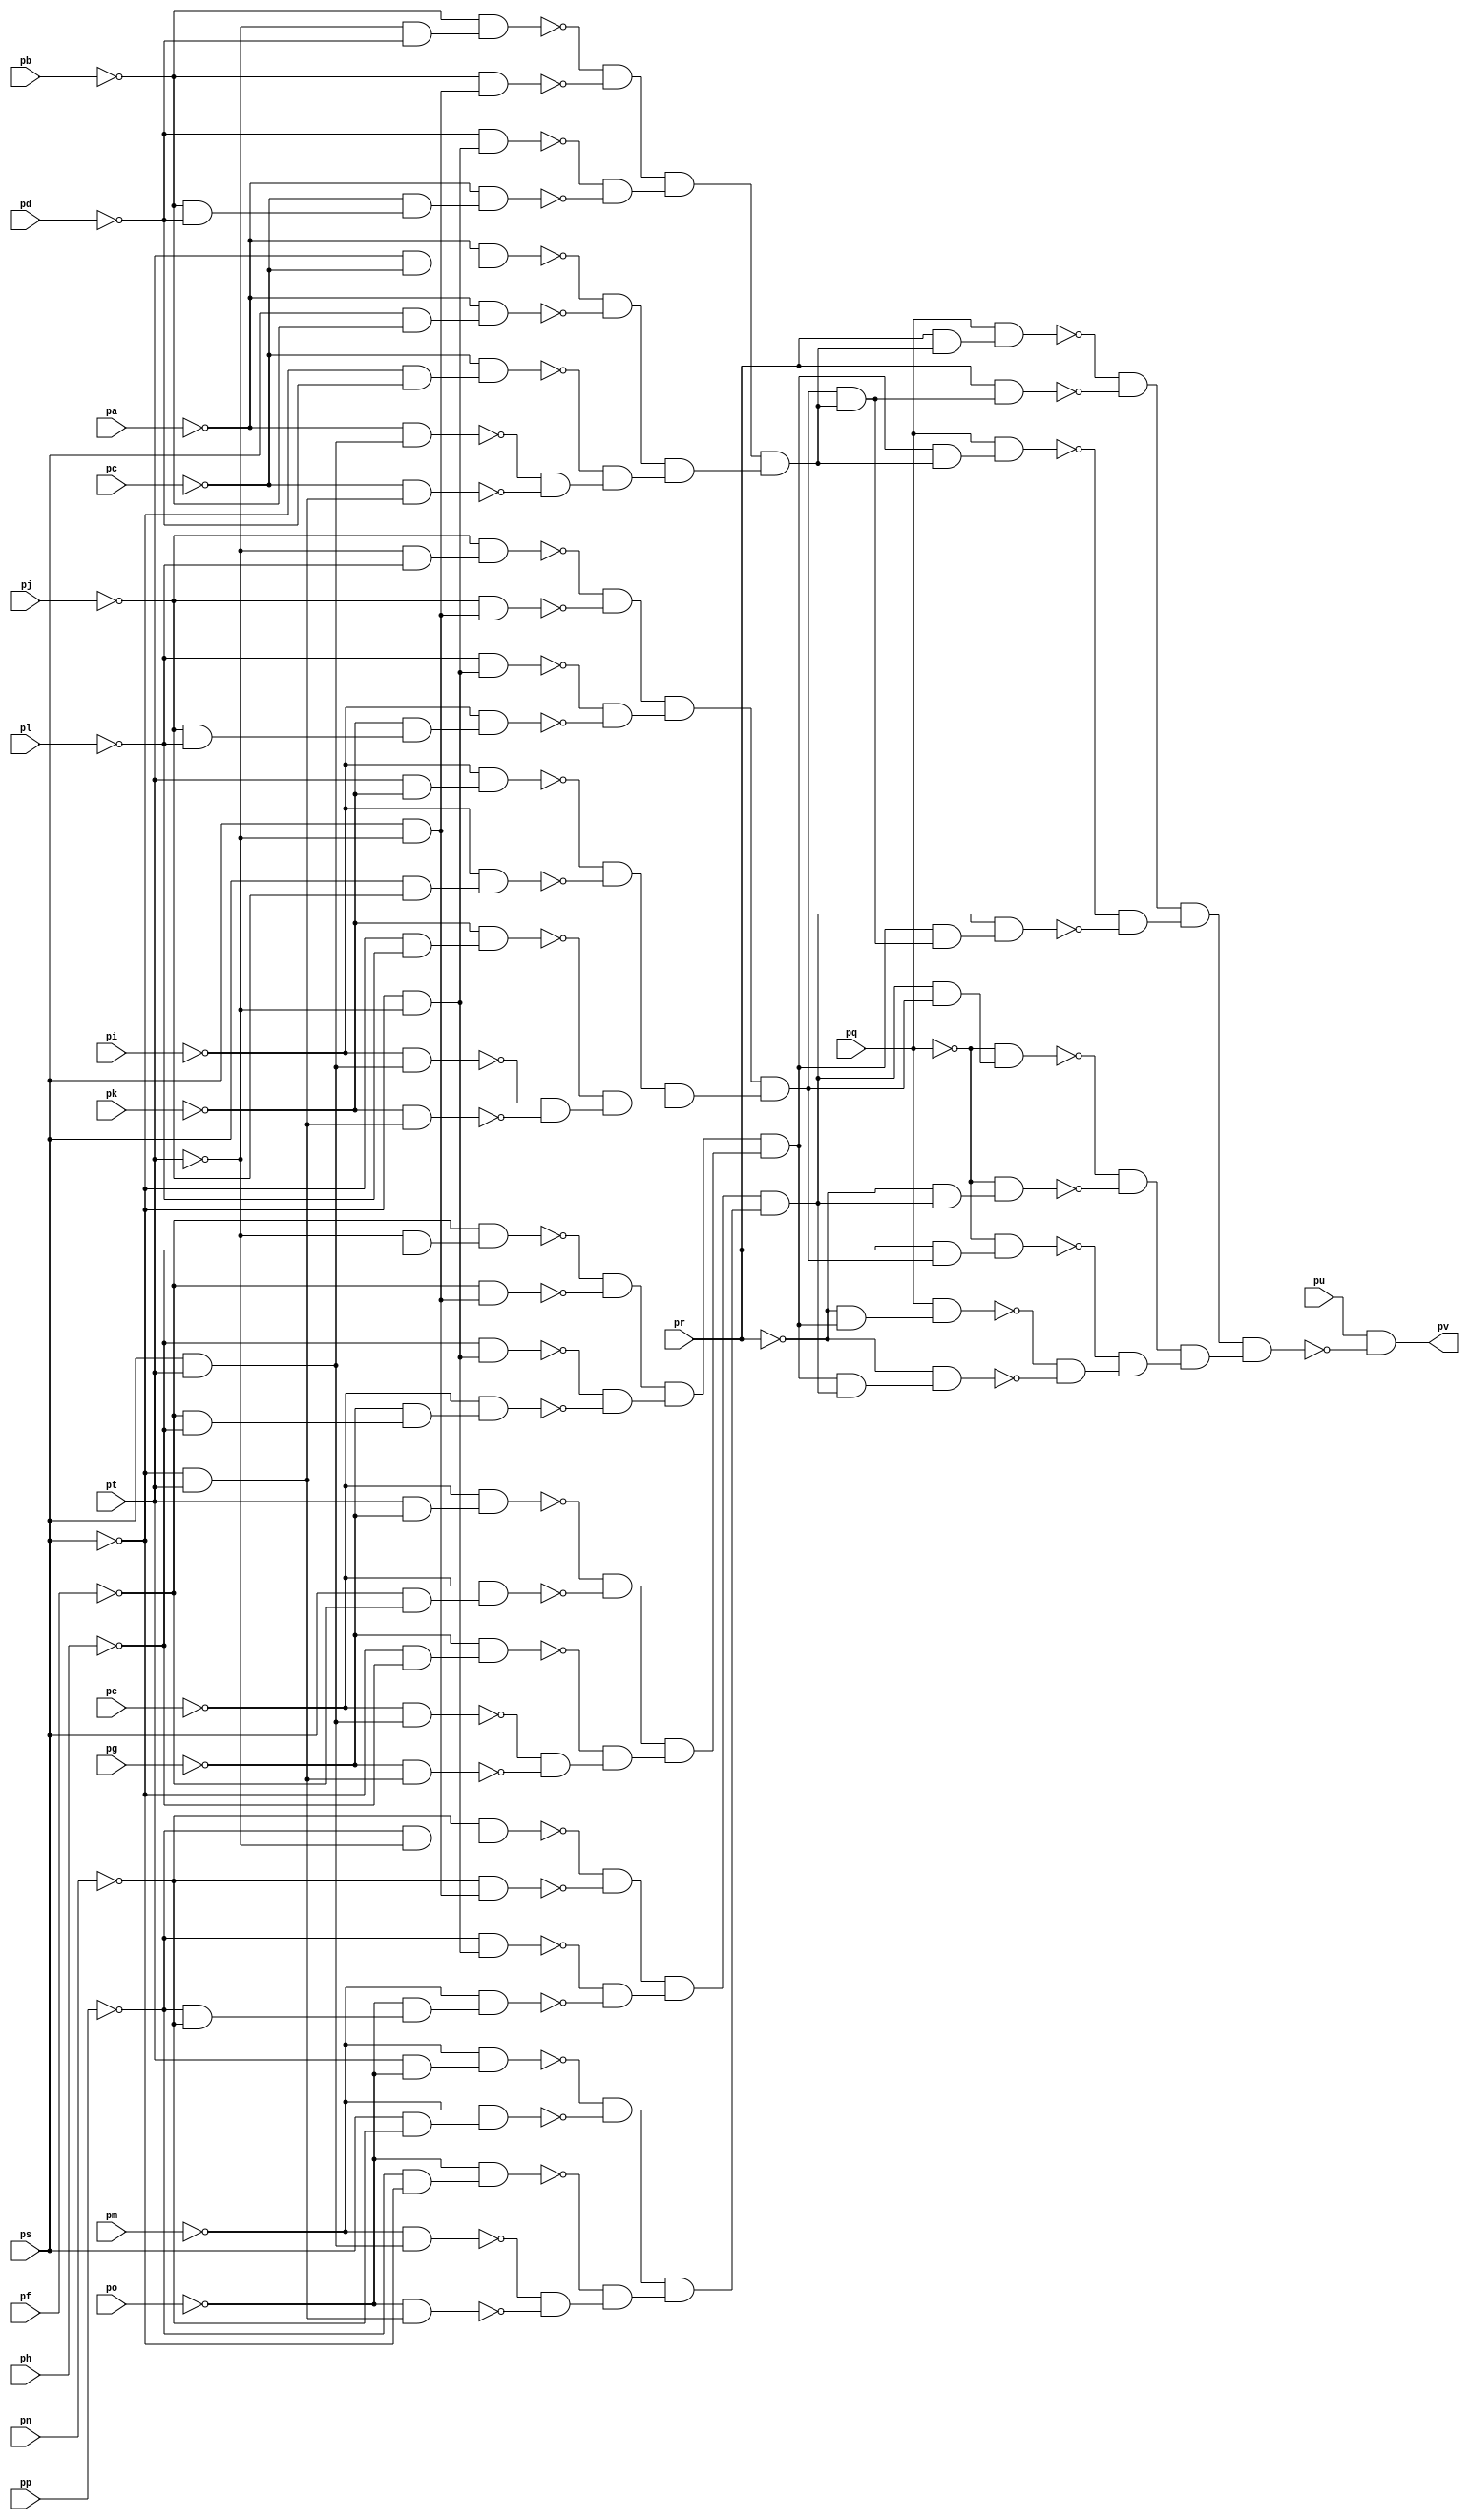
module top ( 
    pp, pq, pr, ps, pt, pu, pa, pb, pc, pd, pe, pf, pg, ph, pi, pj, pk, pl,
    pm, pn, po,
    pv  );
  input  pp, pq, pr, ps, pt, pu, pa, pb, pc, pd, pe, pf, pg, ph, pi, pj,
    pk, pl, pm, pn, po;
  output pv;
  wire new_n23_, new_n24_, new_n25_, new_n26_, new_n27_, new_n28_, new_n29_,
    new_n30_, new_n31_, new_n32_, new_n33_, new_n34_, new_n35_, new_n36_,
    new_n37_, new_n38_, new_n39_, new_n40_, new_n41_, new_n42_, new_n43_,
    new_n44_, new_n45_, new_n46_, new_n47_, new_n48_, new_n49_, new_n50_,
    new_n51_, new_n52_, new_n53_, new_n54_, new_n55_, new_n56_, new_n57_,
    new_n58_, new_n59_, new_n60_, new_n61_, new_n62_, new_n63_, new_n64_,
    new_n65_, new_n66_, new_n67_, new_n68_, new_n69_, new_n70_, new_n71_,
    new_n72_, new_n73_, new_n74_, new_n75_, new_n76_, new_n77_, new_n78_,
    new_n79_, new_n80_, new_n81_, new_n82_, new_n83_, new_n84_, new_n85_,
    new_n86_, new_n87_, new_n88_, new_n89_, new_n90_, new_n91_, new_n92_,
    new_n93_, new_n94_, new_n95_, new_n96_, new_n97_, new_n98_, new_n99_,
    new_n100_, new_n101_, new_n102_, new_n103_, new_n104_, new_n105_,
    new_n106_, new_n107_, new_n108_, new_n109_, new_n110_, new_n111_,
    new_n112_, new_n113_, new_n114_, new_n115_, new_n116_, new_n117_,
    new_n118_, new_n119_, new_n120_, new_n121_, new_n122_, new_n123_,
    new_n124_, new_n125_, new_n126_, new_n127_, new_n128_, new_n129_,
    new_n130_, new_n131_, new_n132_, new_n133_, new_n134_, new_n135_,
    new_n136_, new_n137_, new_n138_, new_n139_, new_n140_, new_n141_,
    new_n142_, new_n143_, new_n144_;
  assign new_n23_ = ps & pt;
  assign new_n24_ = ~pe & new_n23_;
  assign new_n25_ = ~ps & pt;
  assign new_n26_ = ~pg & new_n25_;
  assign new_n27_ = ~ps & ~ph;
  assign new_n28_ = ~pg & new_n27_;
  assign new_n29_ = pt & ~pg;
  assign new_n30_ = ~pe & new_n29_;
  assign new_n31_ = ps & ~pf;
  assign new_n32_ = ~pe & new_n31_;
  assign new_n33_ = ~ps & ~pt;
  assign new_n34_ = ~ph & new_n33_;
  assign new_n35_ = ~pf & ~ph;
  assign new_n36_ = ~pg & new_n35_;
  assign new_n37_ = ~pe & new_n36_;
  assign new_n38_ = ~pt & ~ph;
  assign new_n39_ = ~pf & new_n38_;
  assign new_n40_ = ps & ~pt;
  assign new_n41_ = ~pf & new_n40_;
  assign new_n42_ = ~new_n39_ & ~new_n41_;
  assign new_n43_ = ~new_n34_ & ~new_n37_;
  assign new_n44_ = new_n42_ & new_n43_;
  assign new_n45_ = ~new_n30_ & ~new_n32_;
  assign new_n46_ = ~new_n24_ & ~new_n26_;
  assign new_n47_ = ~new_n28_ & new_n46_;
  assign new_n48_ = new_n45_ & new_n47_;
  assign new_n49_ = new_n44_ & new_n48_;
  assign new_n50_ = ~pr & new_n49_;
  assign new_n51_ = pq & new_n50_;
  assign new_n52_ = ~pm & new_n23_;
  assign new_n53_ = ~po & new_n25_;
  assign new_n54_ = ~pp & ~ps;
  assign new_n55_ = ~po & new_n54_;
  assign new_n56_ = pt & ~po;
  assign new_n57_ = ~pm & new_n56_;
  assign new_n58_ = ps & ~pn;
  assign new_n59_ = ~pm & new_n58_;
  assign new_n60_ = ~pp & new_n33_;
  assign new_n61_ = ~pp & ~pn;
  assign new_n62_ = ~po & new_n61_;
  assign new_n63_ = ~pm & new_n62_;
  assign new_n64_ = ~pp & ~pt;
  assign new_n65_ = ~pn & new_n64_;
  assign new_n66_ = ~pn & new_n40_;
  assign new_n67_ = ~new_n65_ & ~new_n66_;
  assign new_n68_ = ~new_n60_ & ~new_n63_;
  assign new_n69_ = new_n67_ & new_n68_;
  assign new_n70_ = ~new_n57_ & ~new_n59_;
  assign new_n71_ = ~new_n52_ & ~new_n53_;
  assign new_n72_ = ~new_n55_ & new_n71_;
  assign new_n73_ = new_n70_ & new_n72_;
  assign new_n74_ = new_n69_ & new_n73_;
  assign new_n75_ = new_n49_ & new_n74_;
  assign new_n76_ = ~pr & new_n75_;
  assign new_n77_ = ~pi & new_n23_;
  assign new_n78_ = ~pk & new_n25_;
  assign new_n79_ = ~ps & ~pl;
  assign new_n80_ = ~pk & new_n79_;
  assign new_n81_ = pt & ~pk;
  assign new_n82_ = ~pi & new_n81_;
  assign new_n83_ = ps & ~pj;
  assign new_n84_ = ~pi & new_n83_;
  assign new_n85_ = ~pl & new_n33_;
  assign new_n86_ = ~pj & ~pl;
  assign new_n87_ = ~pk & new_n86_;
  assign new_n88_ = ~pi & new_n87_;
  assign new_n89_ = ~pt & ~pl;
  assign new_n90_ = ~pj & new_n89_;
  assign new_n91_ = ~pj & new_n40_;
  assign new_n92_ = ~new_n90_ & ~new_n91_;
  assign new_n93_ = ~new_n85_ & ~new_n88_;
  assign new_n94_ = new_n92_ & new_n93_;
  assign new_n95_ = ~new_n82_ & ~new_n84_;
  assign new_n96_ = ~new_n77_ & ~new_n78_;
  assign new_n97_ = ~new_n80_ & new_n96_;
  assign new_n98_ = new_n95_ & new_n97_;
  assign new_n99_ = new_n94_ & new_n98_;
  assign new_n100_ = pr & new_n99_;
  assign new_n101_ = ~pq & new_n100_;
  assign new_n102_ = new_n74_ & new_n99_;
  assign new_n103_ = ~pq & new_n102_;
  assign new_n104_ = ~pr & new_n74_;
  assign new_n105_ = ~pq & new_n104_;
  assign new_n106_ = ~pa & new_n23_;
  assign new_n107_ = ~pc & new_n25_;
  assign new_n108_ = ~ps & ~pd;
  assign new_n109_ = ~pc & new_n108_;
  assign new_n110_ = pt & ~pc;
  assign new_n111_ = ~pa & new_n110_;
  assign new_n112_ = ps & ~pb;
  assign new_n113_ = ~pa & new_n112_;
  assign new_n114_ = ~pd & new_n33_;
  assign new_n115_ = ~pb & ~pd;
  assign new_n116_ = ~pc & new_n115_;
  assign new_n117_ = ~pa & new_n116_;
  assign new_n118_ = ~pt & ~pd;
  assign new_n119_ = ~pb & new_n118_;
  assign new_n120_ = ~pb & new_n40_;
  assign new_n121_ = ~new_n119_ & ~new_n120_;
  assign new_n122_ = ~new_n114_ & ~new_n117_;
  assign new_n123_ = new_n121_ & new_n122_;
  assign new_n124_ = ~new_n111_ & ~new_n113_;
  assign new_n125_ = ~new_n106_ & ~new_n107_;
  assign new_n126_ = ~new_n109_ & new_n125_;
  assign new_n127_ = new_n124_ & new_n126_;
  assign new_n128_ = new_n123_ & new_n127_;
  assign new_n129_ = new_n49_ & new_n128_;
  assign new_n130_ = pq & new_n129_;
  assign new_n131_ = new_n99_ & new_n128_;
  assign new_n132_ = new_n49_ & new_n131_;
  assign new_n133_ = new_n74_ & new_n132_;
  assign new_n134_ = pr & new_n128_;
  assign new_n135_ = pq & new_n134_;
  assign new_n136_ = pr & new_n131_;
  assign new_n137_ = ~new_n135_ & ~new_n136_;
  assign new_n138_ = ~new_n130_ & ~new_n133_;
  assign new_n139_ = new_n137_ & new_n138_;
  assign new_n140_ = ~new_n103_ & ~new_n105_;
  assign new_n141_ = ~new_n51_ & ~new_n76_;
  assign new_n142_ = ~new_n101_ & new_n141_;
  assign new_n143_ = new_n140_ & new_n142_;
  assign new_n144_ = new_n139_ & new_n143_;
  assign pv = pu & ~new_n144_;
endmodule